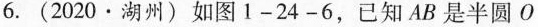
6.(2020·湖州)如图1-24-6，已知AB是半圆O